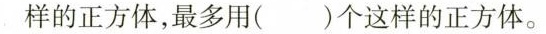
样的正方体，最多用()个这样的正方体。